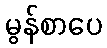
မွန်စာပေ